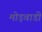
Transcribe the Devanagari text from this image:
मोड़वाडी